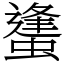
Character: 䗬